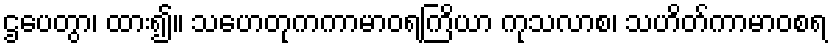
ဌပေတွာ၊ ထား၍။ သဟေတုကကာမာဝရကြိယာ ကုသလာစ၊ သဟိတ်ကာမာဝစရ